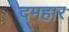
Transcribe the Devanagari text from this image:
दमहार